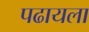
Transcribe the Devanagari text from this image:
पढायला